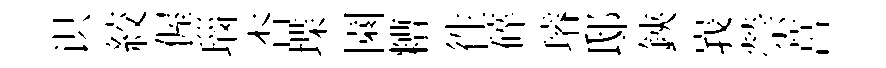
识絞偓瑙杏堞園糟徃碎璿邸鋏峩禜莒